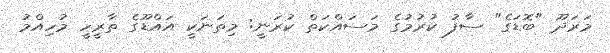
މަރަދޫ "ބޮޑަގެ" ސާފު ކުރުމުގެ މަސައްކަތް ކުރަނީ: މިތަނަކީ އައްޑޫގެ ތާރީހީ މުހިއްމު